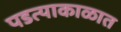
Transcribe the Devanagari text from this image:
पडत्याकाळात